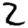
Digit: 2